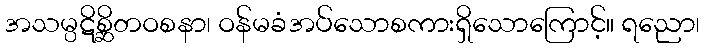
အသမ္ပဋိစ္ဆိတဝစနာ၊ ဝန်မခံအပ်သောစကားရှိသောကြောင့်။ ရညော၊